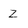
Character: Z